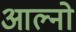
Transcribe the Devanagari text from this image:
आल्नो